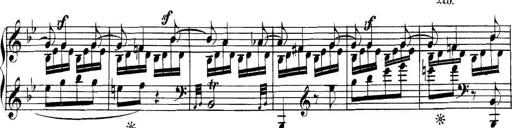
Title: Collected Piano Sonatas
Composer: Muzio Clementi